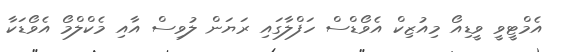
އެމްޓީވީ ވީޑިއޯ މިއުޒިކް އެވޯޑްސް ހަފްލާގައި ރަޔަން ލުވިސް އާއި މެކްލްމޯ އެވޯޑަކާ